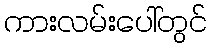
ကားလမ်းပေါ်တွင်